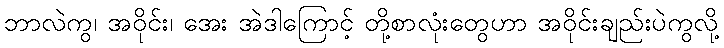
ဘာလဲကွ၊ အဝိုင်း၊ အေး အဲဒါကြောင့် တို့စာလုံးတွေဟာ အဝိုင်းချည်းပဲကွလို့